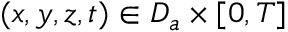
( x , y , z , t ) \in D _ { a } \times [ 0 , T ]